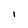
Character: l